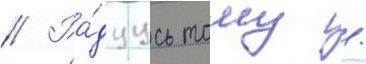
// Ра́дуусь тому /